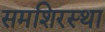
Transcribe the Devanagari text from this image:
समशिरस्था